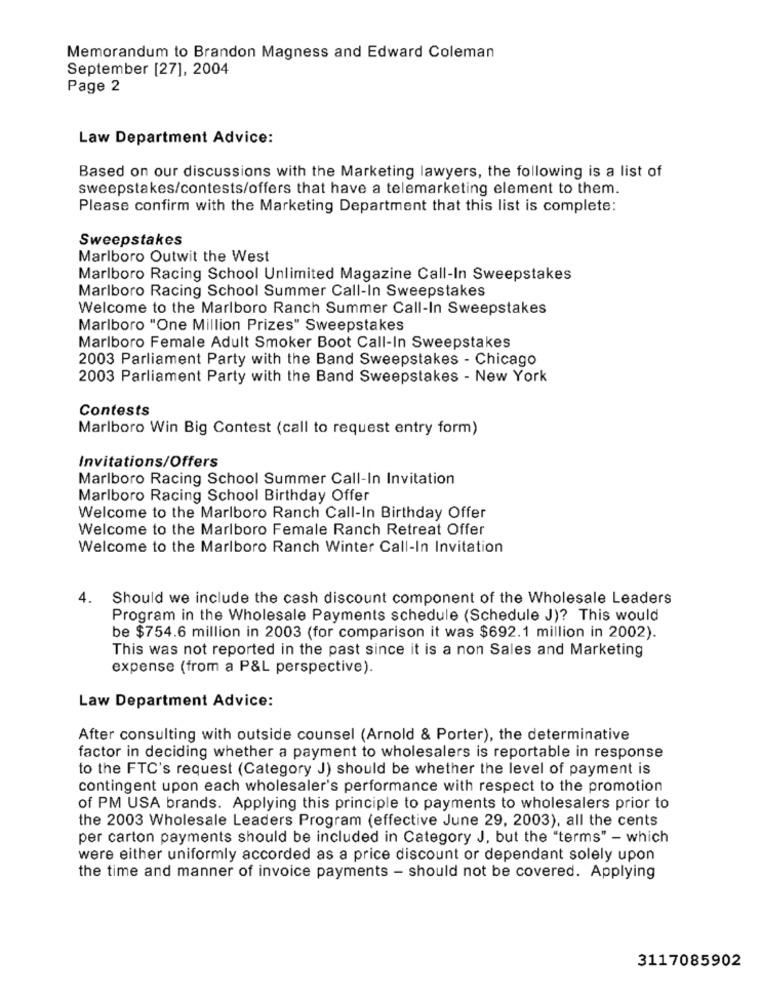
Memorandum to Brandon Magness and Edward Coleman
September [27], 2004
Page 2
Law Department Advice:
Based on our discussions with the Marketing lawyers, the following is a list of
sweepstakes/contests/offers that have a telemarketing element to them.
Please confirm with the Marketing Department that this list is complete:
Sweepstakes
Marlboro Outwit the West
Marlboro Racing School Unlimited Magazine Call-In Sweepstakes
Marlboro Racing School Summer Call-In Sweepstakes
Welcome to the Marlboro Ranch Summer Call-In Sweepstakes
Marlboro "One Million Prizes" Sweepstakes
Marlboro Female Adult Smoker Boot Call-In Sweepstakes
2003 Parliament Party with the Band Sweepstakes - Chicago
2003 Parliament Party with the Band Sweepstakes - New York
Contests
Marlboro Win Big Contest (call to request entry form)
Invitations/Offers
Marlboro Racing School Summer Call-In Invitation
Marlboro Racing School Birthday Offer
Welcome to the Marlboro Ranch Call-In Birthday Offer
Welcome to the Marlboro Female Ranch Retreat Offer
Welcome to the Marlboro Ranch Winter Call-In Invitation
4. Should we include the cash discount component of the Wholesale Leaders
Program in the Wholesale Payments schedule (Schedule J)? This would
be $754.6 million in 2003 (for comparison it was $692.1 million in 2002).
This was not reported in the past since it is a non Sales and Marketing
expense (from a P&L perspective).
Law Department Advice:
After consulting with outside counsel (Arnold & Porter), the determinative
factor in deciding whether a payment to wholesalers is reportable in response
to the FTC's request (Category J) should be whether the level of payment is
contingent upon each wholesaler's performance with respect to the promotion
of PM USA brands. Applying this principle to payments to wholesalers prior to
the 2003 Wholesale Leaders Program (effective June 29, 2003), all the cents
per carton payments should be included in Category J, but the "terms" - which
were either uniformly accorded as a price discount or dependant solely upon
the time and manner of invoice payments - should not be covered. Applying
3117085902